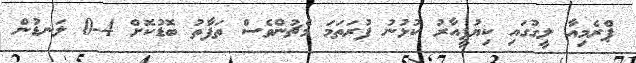
ޕްރެމިއާ ލީގުގައި ކިޔުޕީއާރު ކުޅުނު ފުރަތަމަ މެޗުންވެސް ތަފާތު ބޮޑުކޮށް 4-0 ލަނޑުން